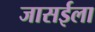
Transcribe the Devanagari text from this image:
जासईला